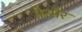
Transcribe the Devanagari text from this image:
मेस्मेर